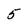
Character: 5